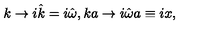
k \rightarrow i \hat { k } = i \hat { \omega } , k a \rightarrow i \hat { \omega } a \equiv i x ,